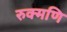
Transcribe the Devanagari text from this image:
रुक्मणि